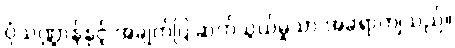
ပုံသဏ္ဍာန်နှင့် အချက်ပြ ဆက်သွယ်မှုသာ အခရာကျသည်။